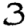
Digit: 3